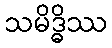
သမိဒ္ဓိဿ